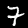
Digit: 7